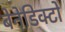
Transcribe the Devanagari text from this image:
बेनेडिक्टो